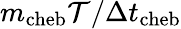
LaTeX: m_{\mathrm{cheb}}\mathcal{T}/\Delta t_{\mathrm{cheb}}